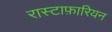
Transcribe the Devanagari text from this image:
रास्टाफ़ारियन